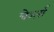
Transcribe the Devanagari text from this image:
चेअर्स